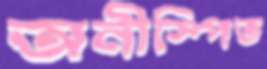
অনীস্পিত